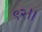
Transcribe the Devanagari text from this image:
९२।।